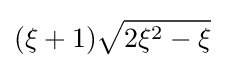
(\xi +1){\sqrt {2\xi ^{2}-\xi }}